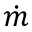
\dot { m }